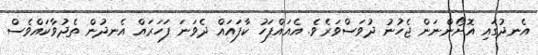
އެނދުގައި އޮށޯންނަން ޖެހުނު ދުވަސްވަރެވެ. އެއައްފަހު ކާފައައް ދެވަނަ ފަހަރައް އެނދުން ތެދުވާކައްވެސް